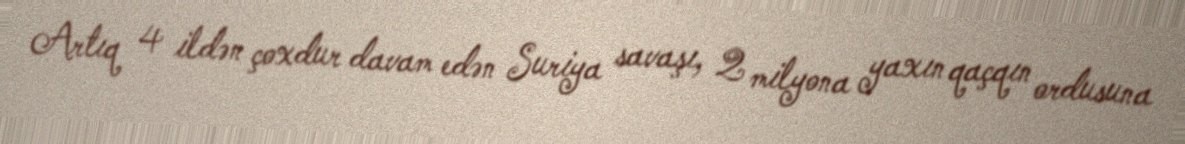
Artıq 4 ildən çoxdur davam edən Suriya savaşı, 2 milyona yaxın qaçqın ordusuna